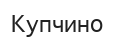
Купчино